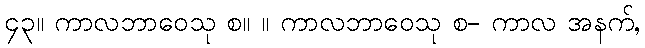
၄၃။ ကာလဘာဝေသု စ။ ။ ကာလဘာဝေသု စ- ကာလ အနက်,